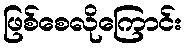
ဖြစ်စေလိုကြောင်း